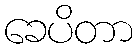
ခေပိတာ